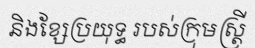
និងខ្សែប្រយុទ្ធ របស់ក្រុមស្ត្រី